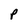
Character: P